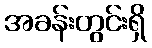
အခန်းတွင်းရှိ